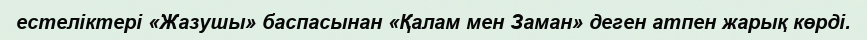
естеліктері «Жазушы» баспасынан «Қалам мен Заман» деген атпен жарық көрді.